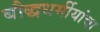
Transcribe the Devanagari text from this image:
बौद्धधर्मीयांचा